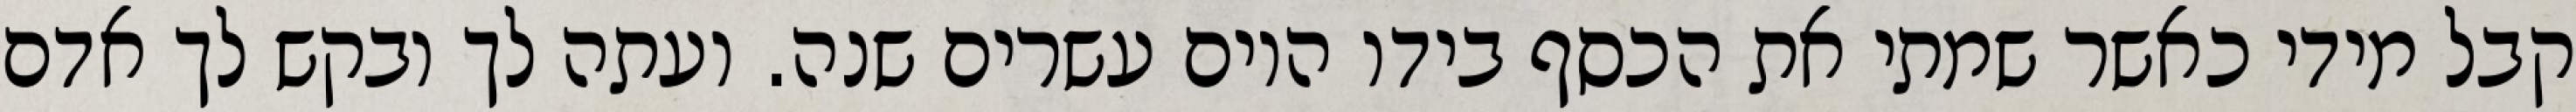
קבל מידי כאשר שמתי את הכסף בידו היום עשרים שנה. ועתה לך ובקש לך אדם